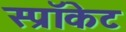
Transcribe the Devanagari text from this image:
स्प्रॉकेट